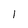
Character: I